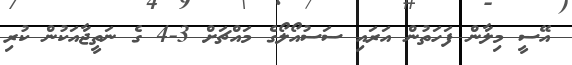
އޭސީ މިލާން ފަހަތުން އަރައި ސަސުއޯލޯގެ މައްޗަށް 3-4 ގެ ނަތީޖާއަކުން ކުރި